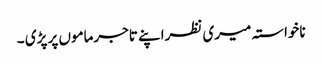
ناخواستہ میری نظراپنے تاجرماموں پر پڑی ۔